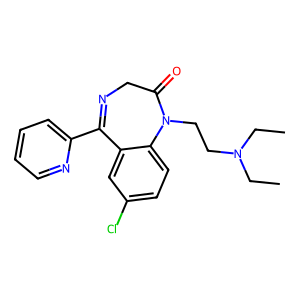
SMILES: CCN(CC)CCN1C(=O)CN=C(c2ccccn2)c2cc(Cl)ccc21
Inhibits HIV replication: No